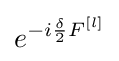
e^{-i{\frac {\delta }{2}}F^{[l]}}